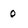
Character: 0